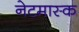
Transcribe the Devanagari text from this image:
नेटमास्क